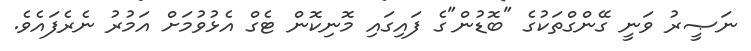
ނަޞީރު ވަނީ ގޭންގްތަކުގެ "ބޮޑުން"ގެ ފައިގައި މޮނިކޮން ޓެގް އެޅުވުމަށް އަމުރު ނެރެފައެވެ.